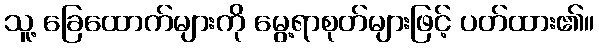
သူ့ ခြေထောက်များကို မွေ့ရာစုတ်များဖြင့် ပတ်ထား၏။